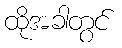
ထိုအခါတွင်